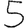
Digit: 5